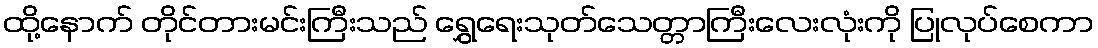
ထို့နောက် တိုင်တားမင်းကြီးသည် ရွှေရေးသုတ်သေတ္တာကြီးလေးလုံးကို ပြုလုပ်စေကာ